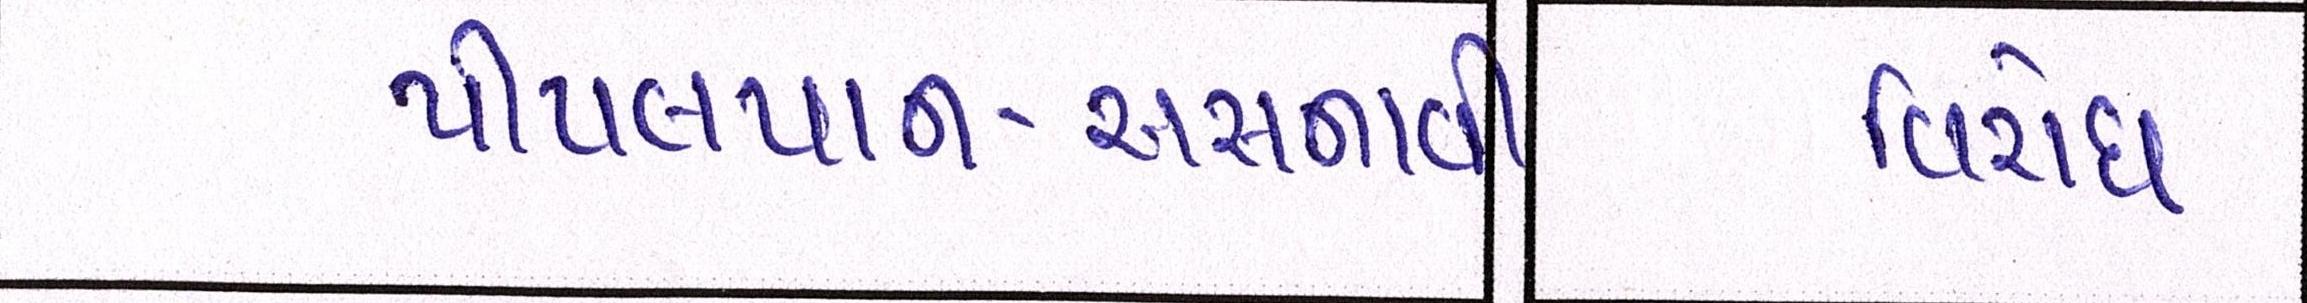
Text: પીપલપાન-અસનાવી